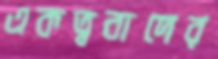
একত্ববাদের